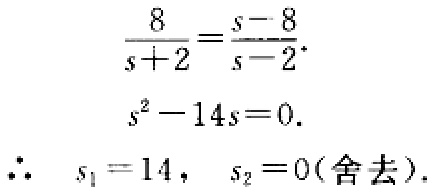
\[
\begin{align*}
\frac{8}{s + 2}&=\frac{s - 8}{s - 2}\\
s^{2}-14s&=0\\
\therefore s_{1}&=14,\ s_{2}=0(\text{舍去})
\end{align*}
\]